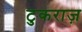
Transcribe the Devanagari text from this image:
टुकराज़